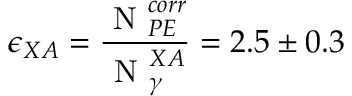
\epsilon _ { X A } = \frac { \mathrm { ~ N ~ } _ { P E } ^ { c o r r } } { \mathrm { ~ N ~ } _ { \gamma } ^ { X A } } = 2 . 5 \pm 0 . 3 \